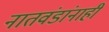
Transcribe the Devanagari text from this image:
नातवंडांनाही